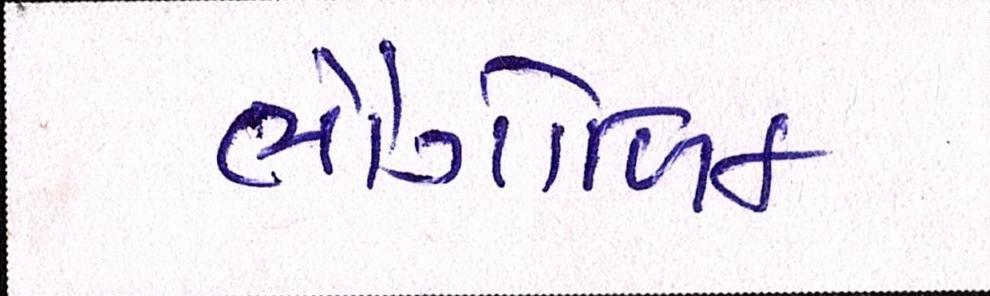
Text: ભૌગોળિક